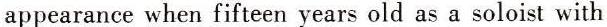
appearance when fifteen years old as a soloist with